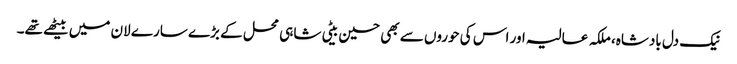
نیک دل بادشاہ، ملکہ عالیہ اور اس کی حوروں سے بھی حسین بیٹی شاہی محل کے بڑے سارے لان میں بیٹھے تھے۔